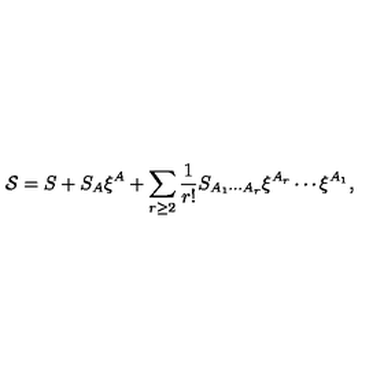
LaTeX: { \cal S } = S + S _ { A } \xi ^ { A } + \sum _ { r \geq 2 } \frac 1 { r ! } S _ { A _ { 1 } \cdots A _ { r } } \xi ^ { A _ { r } } \cdots \xi ^ { A _ { 1 } } ,